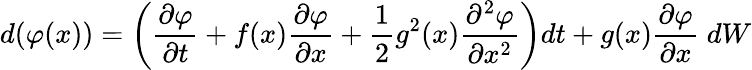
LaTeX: d(\varphi(x))=\bigg(\frac{\partial\varphi}{\partial t}+f(x)\frac{\partial\varphi}{\partial x}+\frac{1}{2}g^{2}(x)\frac{\partial^{2}\varphi}{\partial x^{2}}\bigg)dt+g(x)\frac{\partial\varphi}{\partial x}\; dW